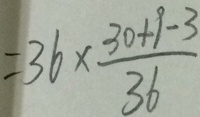
= 3 6 \times \frac { 3 0 + 9 - 3 } { 3 6 }